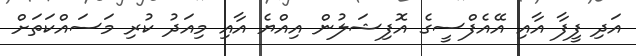
އަދި ފީފާ އާއި އޭއެފްސީގެ އޮފިޝަލުން އިއްޔެ އާއި މިއަދު ކުރި މަސައްކަތަށް